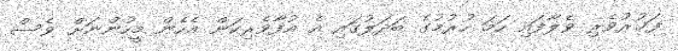
ފަޚުރުވެރި ވެލާފައި ހަމަ ހުރުމުގެ ބަދަލުގައި އެ އުފާވެރިކަން އެހެން މީހުންނަށް ވެސް